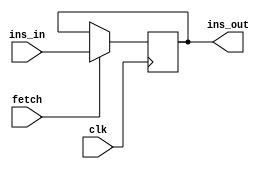
`timescale 1ns / 1ps
//////////////////////////////////////////////////////////////////////////////////
// Company: 
// Engineer: 
// 
// Design Name: 
// Module Name: MBRU
// Project Name: 
// Target Devices: 
// Tool Versions: 
// Description: 
// 
// Dependencies: 
// 
// Revision:
// Revision 0.01 - File Created
// Additional Comments:
// 
//////////////////////////////////////////////////////////////////////////////////


module MBRU(

input clk,
input fetch, //Connects to MIR Fetch Signal
input [7:0] ins_in, //This connects to IRAM dout
output reg [7:0] ins_out //This connects to control store MBRU

);

always@(posedge clk)
	begin
	   if (fetch) ins_out <= ins_in;
	end

endmodule